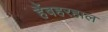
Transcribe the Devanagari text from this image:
हैंबहरहाल